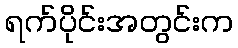
ရက်ပိုင်းအတွင်းက